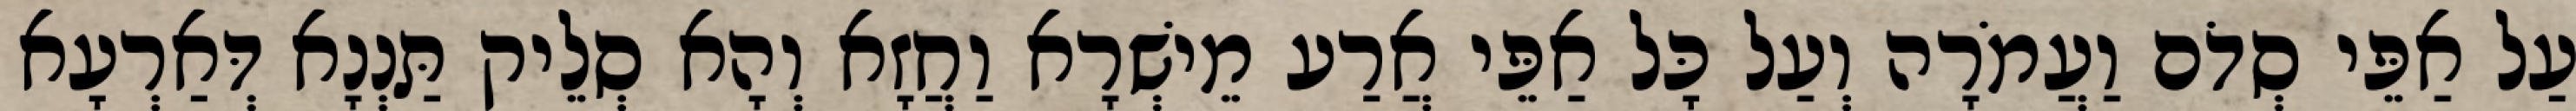
עַל אַפֵּי סְדֹם וַעֲמֹרָה וְעַל כָּל אַפֵּי אֲרַע מֵישְׁרָא וַחֲזָא וְהָא סְלֵיק תַּנְנָא דְּאַרְעָא